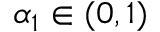
\alpha _ { 1 } \in ( 0 , 1 )